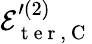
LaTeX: \mathcal{E}_{\mathrm{~t~e~r~},\mathrm{~C~}}^{\prime{(2)}}